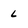
Character: l